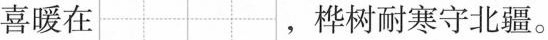
喜暖在 ，桦树耐寒守北疆。